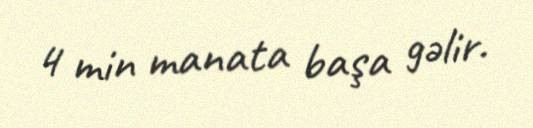
4 min manata başa gəlir.